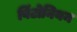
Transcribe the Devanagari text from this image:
विंटोनियन